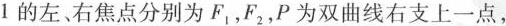
1的左、右焦点分别为F_{1}，F_{2}，P为双曲线右支上一点，